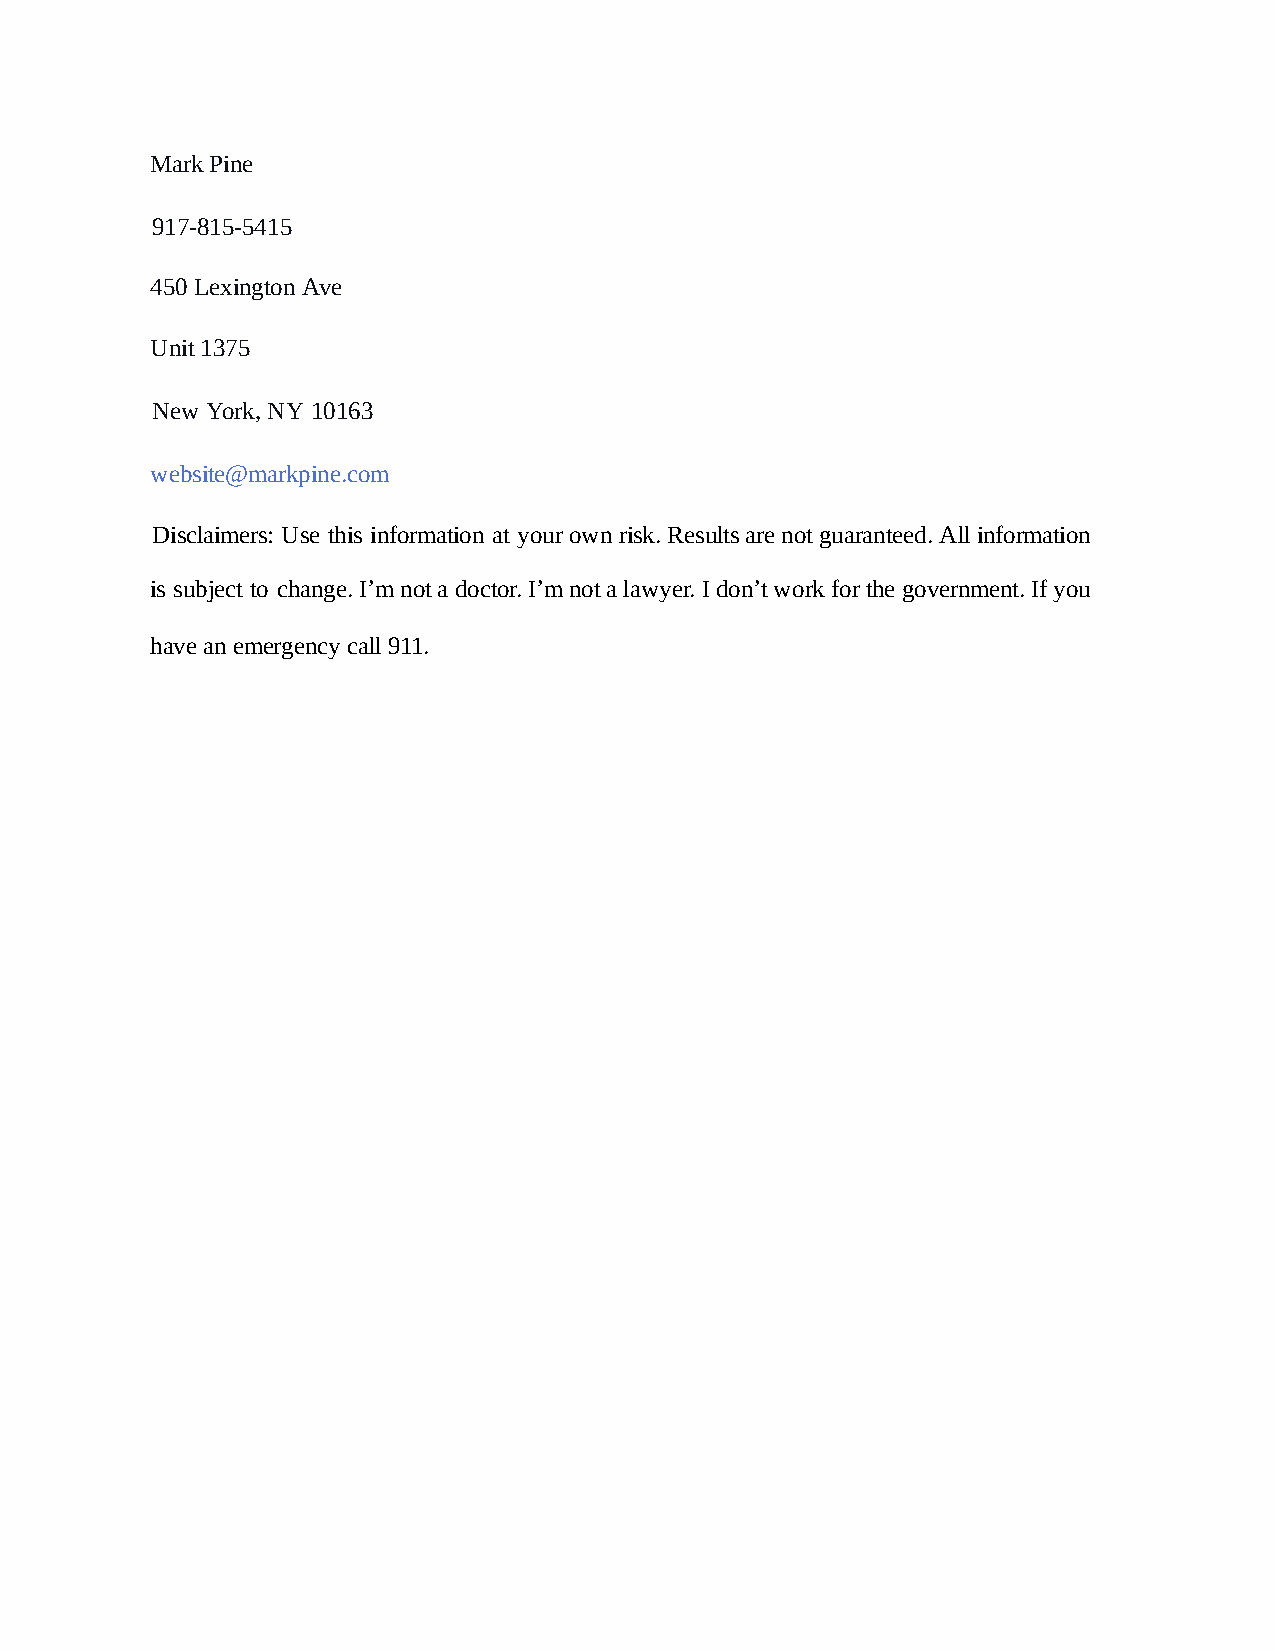
Mark Pine
 917-815-5415
 450 Lexington Ave
 Unit 1375
 New York, NY 10163
 website@markpine.com
 Disclaimers: Use this information at your own risk. Results are not guaranteed. All information
 is subject to change. I’m not a doctor. I’m not a lawyer. I don’t work for the government. If you
 have a n emergency call 911.